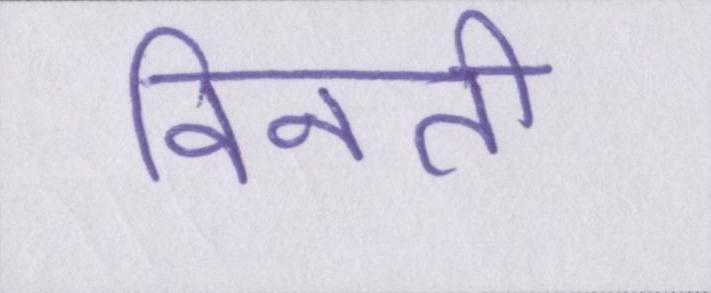
विनती